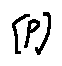
[ P ]